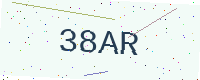
Text: 38AR